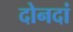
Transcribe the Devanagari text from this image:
दोनदां